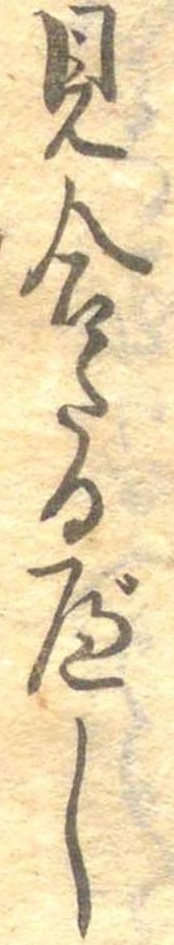
見合たるべし